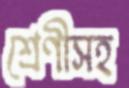
শ্রেণীসহ